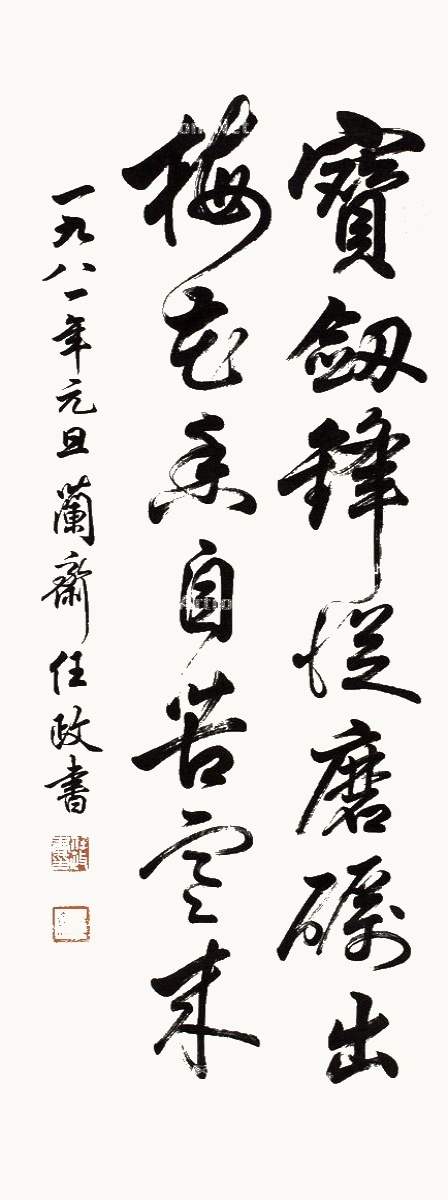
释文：宝剑锋从磨砺出，梅花香自苦寒来。一九八一年元旦，兰斋任政书。